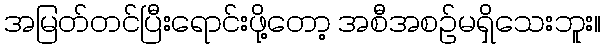
အမြတ်တင်ပြီးရောင်းဖို့တော့ အစီအစဉ်မရှိသေးဘူး။